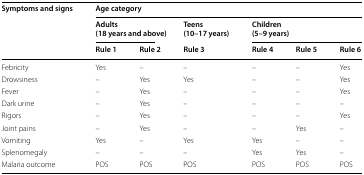
<table><thead><tr><td rowspan="3"><b>Symptoms and signs</b></td><td colspan="6"><b>Age category</b></td></tr><tr><td colspan="2"><b>Adults(18 years and above)</b></td><td><b>Teens(10–17 years)</b></td><td colspan="3"><b>Children(5–9 years)</b></td></tr><tr><td><b>Rule 1</b></td><td><b>Rule 2</b></td><td><b>Rule 3</b></td><td><b>Rule 4</b></td><td><b>Rule 5</b></td><td><b>Rule 6</b></td></tr></thead><tbody><tr><td>Febricity</td><td>Yes</td><td>–</td><td>–</td><td>–</td><td>–</td><td>Yes</td></tr><tr><td>Drowsiness</td><td>–</td><td>Yes</td><td>Yes</td><td>–</td><td>–</td><td>Yes</td></tr><tr><td>Fever</td><td>–</td><td>Yes</td><td>–</td><td>–</td><td>–</td><td>Yes</td></tr><tr><td>Dark urine</td><td>–</td><td>Yes</td><td>–</td><td>–</td><td>–</td><td>–</td></tr><tr><td>Rigors</td><td>–</td><td>Yes</td><td>–</td><td>–</td><td>–</td><td>Yes</td></tr><tr><td>Joint pains</td><td>–</td><td>Yes</td><td>–</td><td>–</td><td>Yes</td><td>–</td></tr><tr><td>Vomiting</td><td>Yes</td><td>–</td><td>Yes</td><td>Yes</td><td>–</td><td>–</td></tr><tr><td>Splenomegaly</td><td>–</td><td>–</td><td>–</td><td>Yes</td><td>Yes</td><td>–</td></tr><tr><td>Malaria outcome</td><td>POS</td><td>POS</td><td>POS</td><td>POS</td><td>POS</td><td>POS</td></tr></tbody></table>